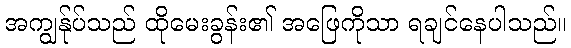
အကျွန်ုပ်သည် ထိုမေးခွန်း၏ အဖြေကိုသာ ရချင်နေပါသည်။